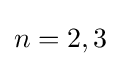
n=2,3